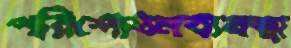
পরিশোধনব্যবস্থা